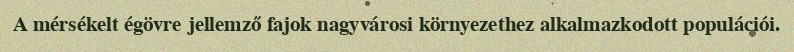
A mérsékelt égövre jellemző fajok nagyvárosi környezethez alkalmazkodott populációi.